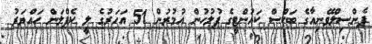
ޕެންސިލްވޭނިއާގެ ބަކްސް ކައުންޓީގެ ފުލުހުން އުމުރުން 51 އަހަރުގެ ލީ ކެޕްލަން ހައްޔަރު